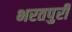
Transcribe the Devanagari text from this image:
भरतपुरी